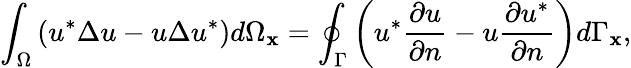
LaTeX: \int_{\Omega}\left(u^{*}\Delta u-u\Delta u^{*}\right)d\Omega_{\mathbf{x}}=\oint_{\Gamma}\left(u^{*}\frac{\partial u}{\partial n}-u\frac{\partial u^{*}}{\partial n}\right)d\Gamma_{\mathbf{x}},